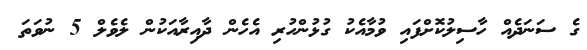
ގެ ސަނަދެއް ހާސިލުކޮށްފައި ވުމާއެކު ގުޅުންހުރި އެހެން ދާއިރާއަކުން ލެވެލް 5 ނުވަތަ